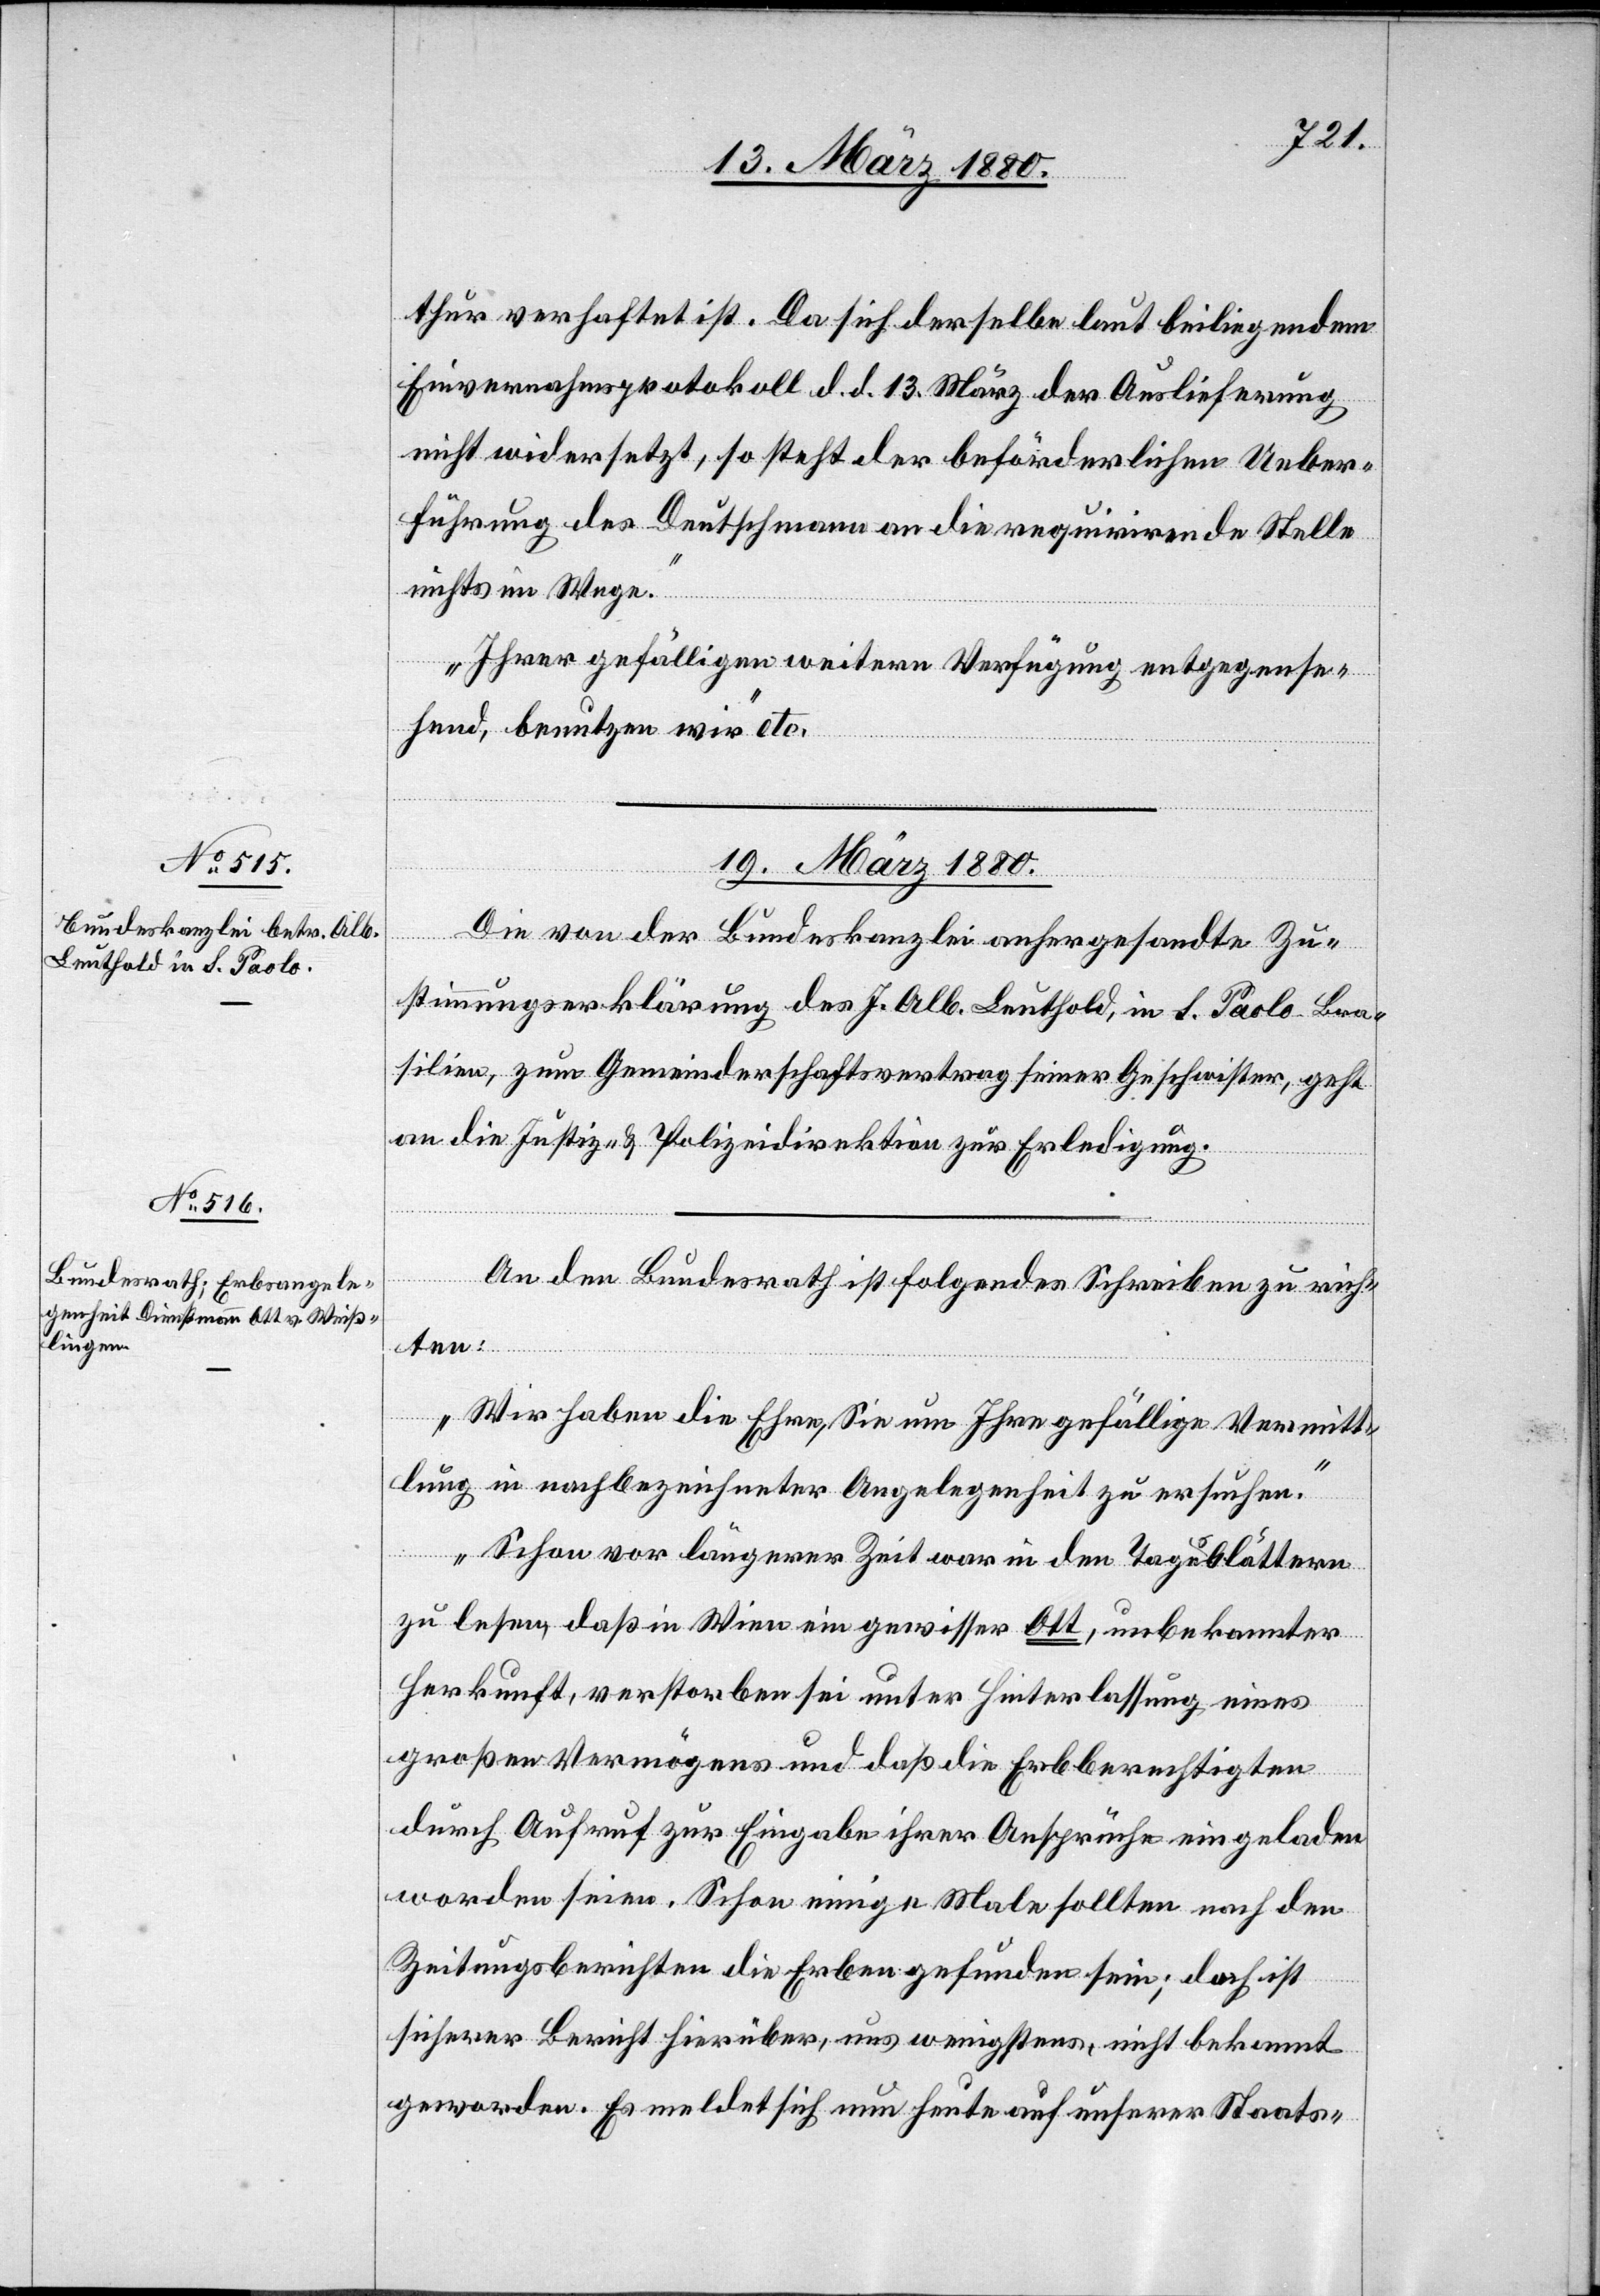
thur verhaftet ist. Da sich derselbe laut beiliegendem
Einvernahmsprotokoll d. d. 13. März der Auslieferung
nicht widersetzt, so steht der beförderlichen Ueber¬
führung des Deutschmann an die requirirende Stelle
nichts im Wege.
Ihrer gefälligen weitern Verfügung entgegense¬
hend, benutzen wir“ etc.
19. März 1880.]
Die von der Bundeskanzlei anhergesandte Zu¬
stimmungserklärung des J. Alb. Leuthold, in S. Paolo Bra¬
silien, zum Gemeinderschaftsvertrag seiner Geschwister, geht
an die Justiz- & Polizeidirektion zur Erledigung.
An den Bundesrath ist folgendes Schreiben zu rich¬
ten:
„Wir haben die Ehre, Sie um Ihre gefällige Vermitt¬
lung in nachbezeichneter Angelegenheit zu ersuchen.
Schon vor längerer Zeit war in den Tagesblättern
zu lesen, daß in Wien ein gewisser Ott, unbekannter
Herkunft, verstorben sei unter Hinterlassung eines
großen Vermögens und daß die Erbberechtigten
durch Aufruf zur Eingabe ihrer Ansprüche eingeladen
worden seien. Schon einige Male sollten nach den
Zeitungsberichten die Erben gefunden sein; doch ist
sicherer Bericht hierüber, uns wenigstens, nicht bekannt
geworden. Es meldet sich nun heute auf unserer Staats-